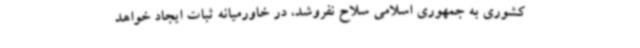
کشوری به جمهوری اسلامی سلاح نفروشد، در خاورمیانه ثبات ایجاد خواهد